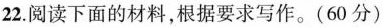
22.阅读下面的材料，根据要求写作。(60分)